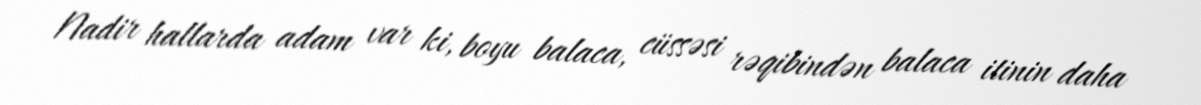
Nadir hallarda adam var ki, boyu balaca, cüssəsi rəqibindən balaca itinin daha